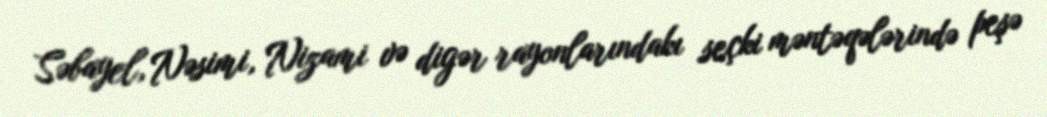
Səbayel, Nəsimi, Nizami və digər rayonlarındakı seçki məntəqələrində peşə